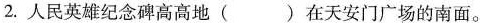
2. 人民英雄纪念碑高高地( )在天安门广场的南面。